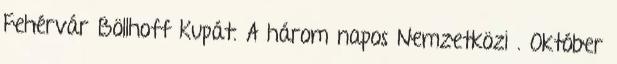
Fehérvár Böllhoff Kupát. A három napos Nemzetközi . Október